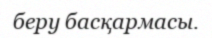
беру басқармасы.